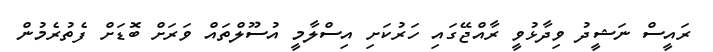
ރައީސް ނަޝީދު ވިދާޅުވީ ރާއްޖޭގައި ހަރުކަށި އިސްލާމީ އުސޫލްތައް ވަރަށް ބޮޑަށް ފެތުރެމުން